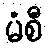
မံစီ